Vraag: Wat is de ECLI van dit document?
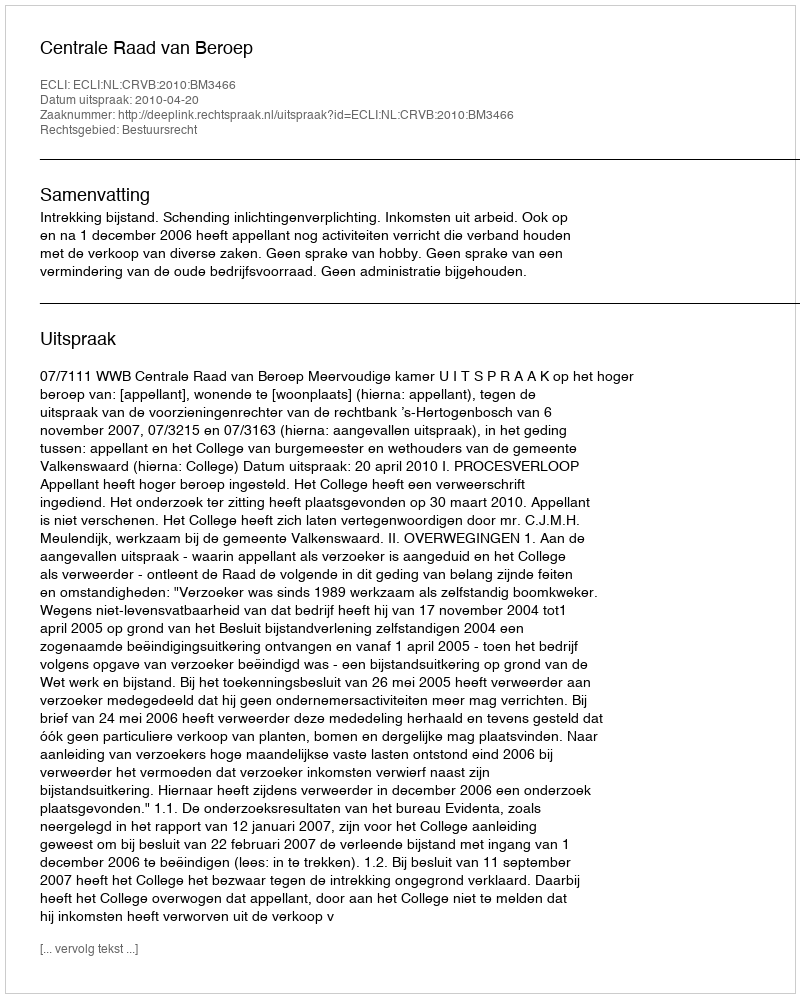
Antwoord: ECLI:NL:CRVB:2010:BM3466